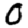
Digit: 0